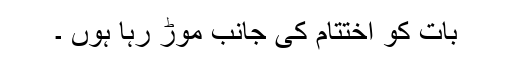
بات کو اختتام کی جانب موڑ رہا ہوں ۔